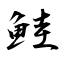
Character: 鮭